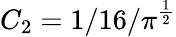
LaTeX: C_{2}=1/16/\pi^{\frac{1}{2}}